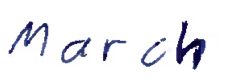
Text: March
Cross-out: clean
Writing tool: ballpoint